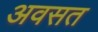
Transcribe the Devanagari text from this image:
अवसत